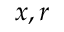
x , r